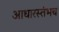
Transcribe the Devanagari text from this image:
आधारस्तंभच